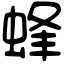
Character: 蜂